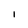
Character: 1